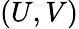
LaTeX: (U,V)